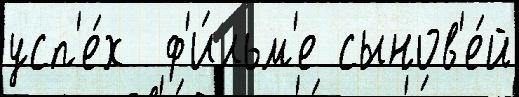
усп'е́х  ф'и́льм'е сынов'е́й